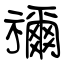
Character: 禰